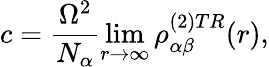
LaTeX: c=\frac{\Omega^{2}}{N_{\alpha}}\operatorname*{lim}_{r\rightarrow\infty}\rho_{\alpha\beta}^{(2)TR}(r),